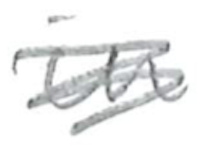
Text: in
Cross-out: scratch
Writing tool: pencil